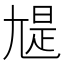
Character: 𡯻